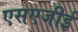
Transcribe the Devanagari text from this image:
एसएजीई